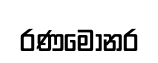
රණමොනර